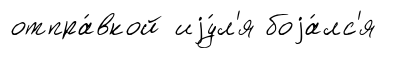
отпра́вкой иjу́л'я боjа́лс'я